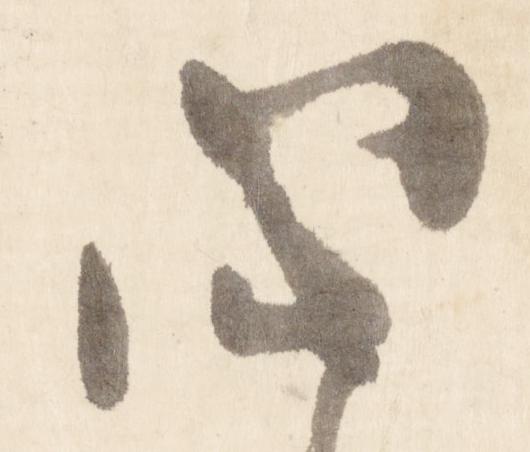
心